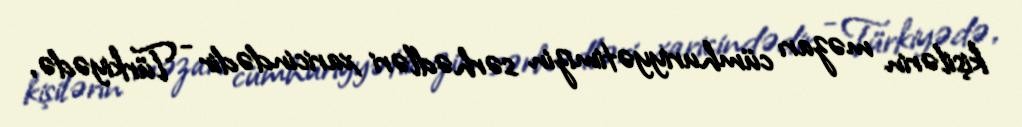
kişilərin məzarı cümhuriyyətimizin sərhədləri xaricindədir - Türkiyədə,